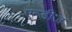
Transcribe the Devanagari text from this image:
एन्डीज